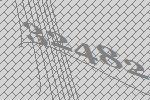
32482